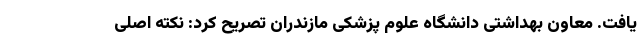
یافت. معاون بهداشتی دانشگاه علوم پزشکی مازندران تصریح کرد: نکته اصلی